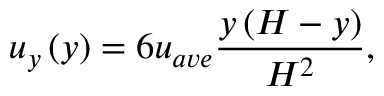
{ u _ { y } } \left( y \right) = 6 { u _ { a v e } } \frac { { y \left( { H - y } \right) } } { { { H ^ { 2 } } } } ,